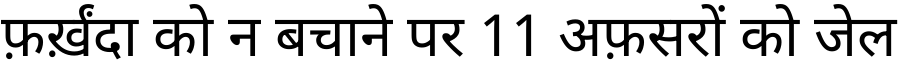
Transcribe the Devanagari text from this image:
फ़र्ख़ंदा को न बचाने पर 11 अफ़सरों को जेल